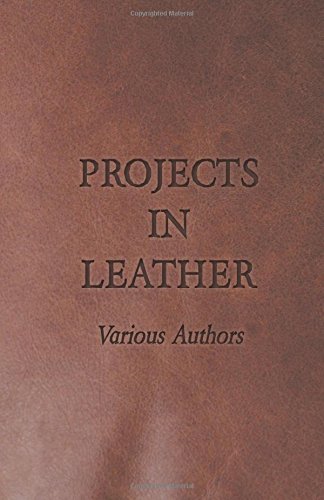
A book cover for Projects in Leather; Various; Crafts, Hobbies & Home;